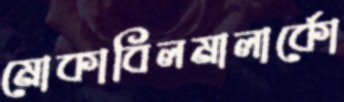
মোকাবিলমালার্কো